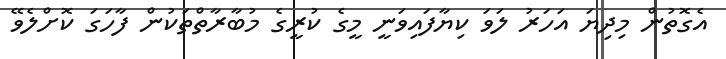
އެގޮތުން މިދިޔަ އަހަރު ލަވަ ކިޔާފައިވަނީ މީގެ ކުރީގެ މުބާރާތްތަކުން ފާހަގަ ކޮށްލެވޭ